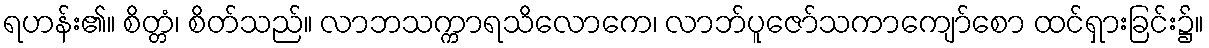
ရဟန်း၏။ စိတ္တံ၊ စိတ်သည်။ လာဘသက္ကာရသိလောကေ၊ လာဘ်ပူဇော်သကာကျော်စော ထင်ရှားခြင်း၌။